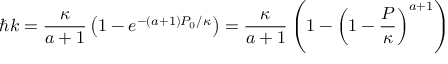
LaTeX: \hbar k = \frac { \kappa } { a + 1 } \left( 1 - e ^ { - ( a + 1 ) P _ { 0 } / \kappa } \right) = \frac { \kappa } { a + 1 } \left( 1 - \left( 1 - \frac P \kappa \right) ^ { a + 1 } \right)